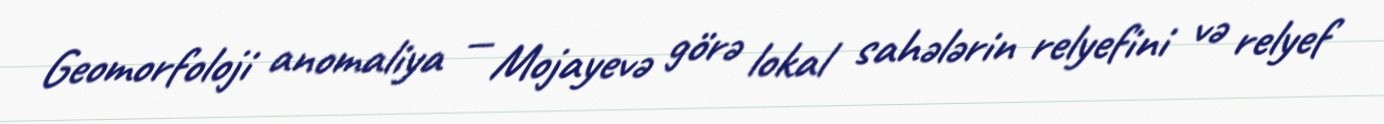
Geomorfoloji anomaliya — Mojayevə görə lokal sahələrin relyefini və relyef